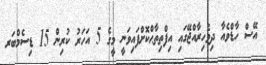
އޭސް ހާޑްވެއާ ދިވެހިރާއްޖޭގައި އިފްތިތާޙްކޮށްފައިވަނީ މީގެ 5 އަހަރު ކުރިން 15 ޑިސެމްބަރ